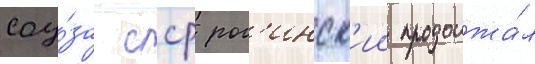
соу́за сср рог'инск'ии продолжа́л